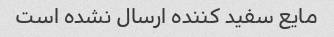
مایع سفید کننده ارسال نشده است